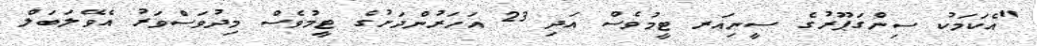
"އެކަމަކު ސިންގަޕޫރުގެ ސީނިއަރ ޓީމުވެސް އަދި 23 އަހަރުންދަށުގެ ޓީމުވެސް މިދުވަސްވަރު އެވޭލަބަލް